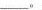
___。